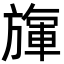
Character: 㫎